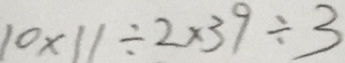
1 0 \times 1 1 \div 2 \times 3 9 \div 3